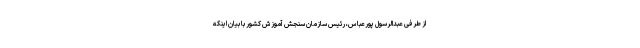
از طرفی عبدالرسول پورعباس، رئیس سازمان سنجش آموزش کشور با بیان اینکه